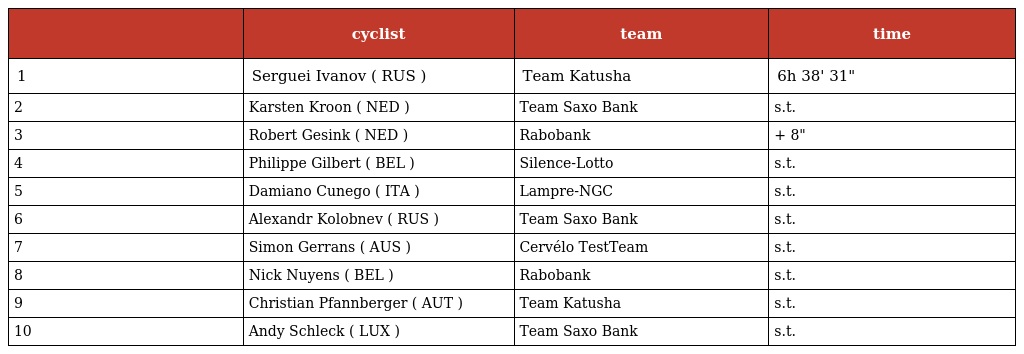
|  | cyclist | team | time |
 | --- | --- | --- | --- |
 | 1 | Serguei Ivanov ( RUS ) | Team Katusha | 6h 38' 31" |
 | 2 | Karsten Kroon ( NED ) | Team Saxo Bank | s.t. |
 | 3 | Robert Gesink ( NED ) | Rabobank | + 8" |
 | 4 | Philippe Gilbert ( BEL ) | Silence-Lotto | s.t. |
 | 5 | Damiano Cunego ( ITA ) | Lampre-NGC | s.t. |
 | 6 | Alexandr Kolobnev ( RUS ) | Team Saxo Bank | s.t. |
 | 7 | Simon Gerrans ( AUS ) | Cervélo TestTeam | s.t. |
 | 8 | Nick Nuyens ( BEL ) | Rabobank | s.t. |
 | 9 | Christian Pfannberger ( AUT ) | Team Katusha | s.t. |
 | 10 | Andy Schleck ( LUX ) | Team Saxo Bank | s.t. |